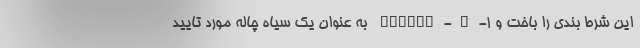
این شرط بندی را باخت و Cygnus-X-۱ به عنوان یک سیاه چاله مورد تایید